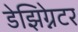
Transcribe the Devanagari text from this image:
डेझिग्नेटर